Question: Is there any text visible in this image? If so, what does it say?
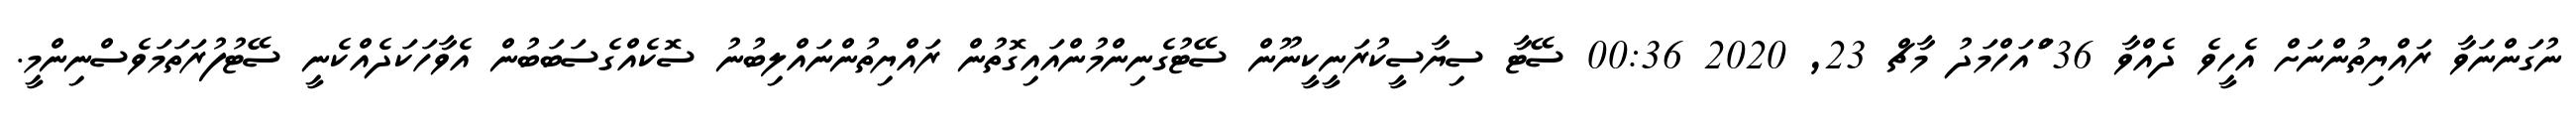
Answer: ނުގަންނަވާ ރައްޔިތުންނަށް އެހީވެ ދެއްވާ 36 ްައަހްމަދު މާޗް 23, 2020 00:36 ސޭޓާ ސިޔާސީކުރަނީކީނޫން ސޭޓުގެނިންމުންއައިގޮތުން ރައްޔިތުންނައްލިބުނު ސޮކެއްގެސަބަބުން އެވާހަކަދެއްކެނީ ސޭޓުފުރަތަމަވެސްނިންމީ.